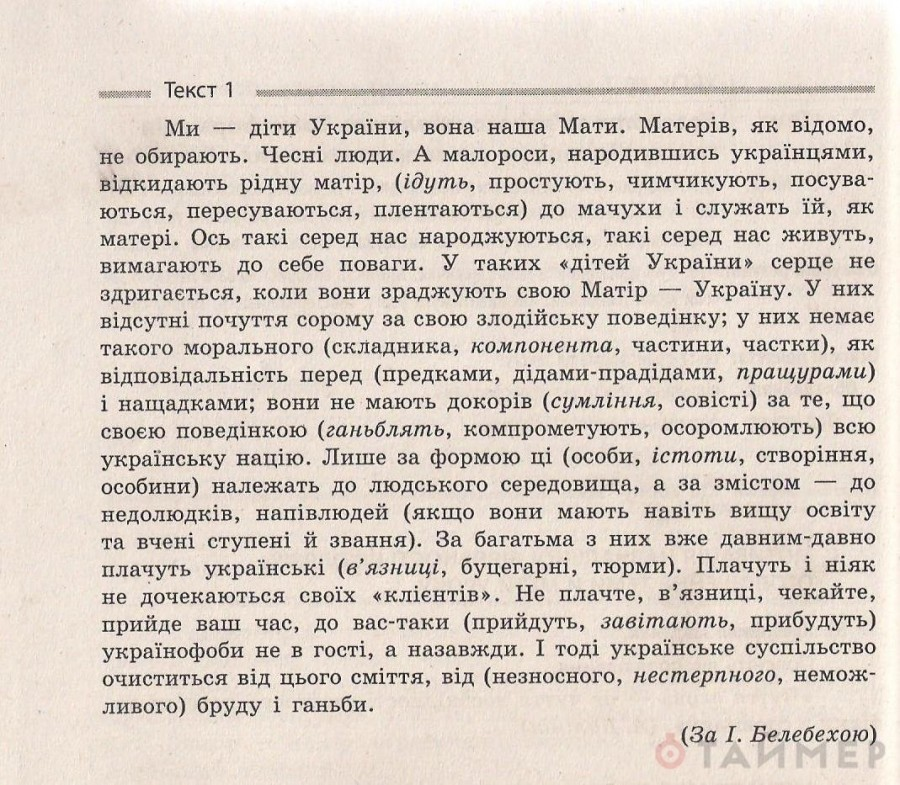
Language: uk